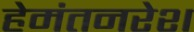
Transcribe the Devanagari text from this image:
हेमंतनरेश